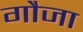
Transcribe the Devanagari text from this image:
गौजा